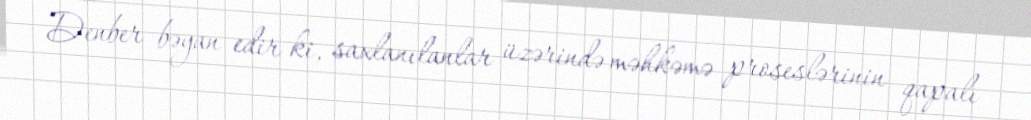
Denber bəyan edir ki, saxlanılanlar üzərində məhkəmə proseslərinin qapalı